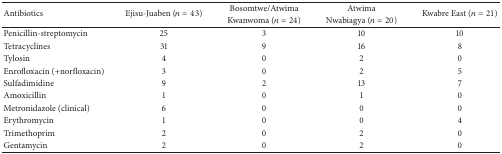
| <ROWSPAN=2> Antibiotics | <ROWSPAN=2> Ejisu-Juaben (n = 43) | Bosomtwe/Atwima | Atwima | <ROWSPAN=2> Kwabre East (n = 21) |
 | Kwanwoma (n = 24) | Nwabiagya (n = 20) |
 | --- | --- | --- | --- | --- |
 | Penicillin-streptomycin | 25 | 3 | 10 | 10 |
 | Tetracyclines | 31 | 9 | 16 | 8 |
 | Tylosin | 4 | 0 | 2 | 0 |
 | Enrofloxacin (+norfloxacin) | 3 | 0 | 2 | 5 |
 | Sulfadimidine | 9 | 2 | 13 | 7 |
 | Amoxicillin | 1 | 0 | 1 | 0 |
 | Metronidazole (clinical) | 6 | 0 | 0 | 0 |
 | Erythromycin | 1 | 0 | 0 | 4 |
 | Trimethoprim | 2 | 0 | 2 | 0 |
 | Gentamycin | 2 | 0 | 2 | 0 |